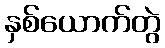
နှစ်ယောက်တွဲ